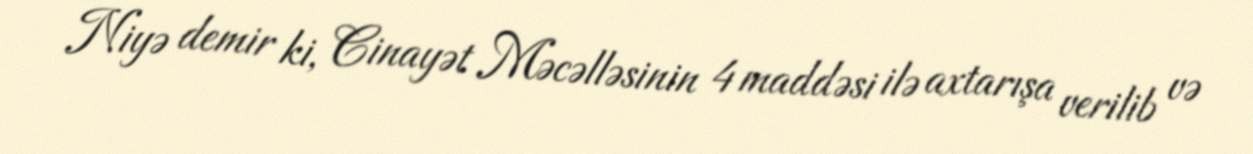
Niyə demir ki, Cinayət Məcəlləsinin 4 maddəsi ilə axtarışa verilib və